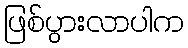
ဖြစ်ပွားလာပါက